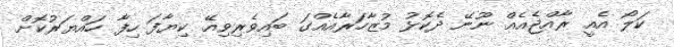
ކަލޯ އެއީ ރާއްޖެއެއް ނޫނޭ ދެކޮޅު މުޒާހަރާއެއްގަ ބައިވެރިވިއޭ ކިޔާފަ ހިފާ ހައްޔަރުކޮށް